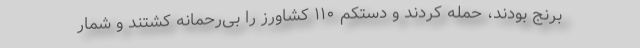
برنج بودند، حمله کردند و دستکم ۱۱۰ کشاورز را بی‌رحمانه کشتند و شمار